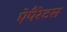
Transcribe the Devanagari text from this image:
ऐपैरेटस